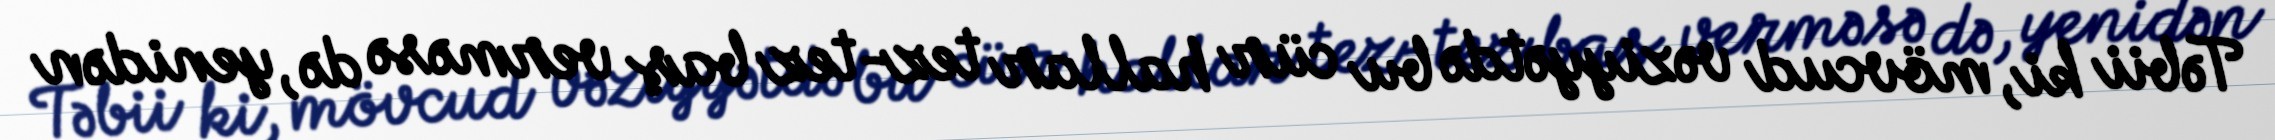
Təbii ki, mövcud vəziyyətdə bu cür hallar tez-tez baş verməsə də, yenidən